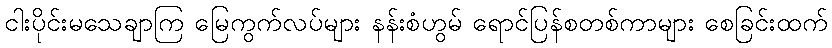
ငါးပိုင်းမသေချာကြ မြေကွက်လပ်များ နန်းစံဟွမ် ရောင်ပြန်စတစ်ကာများ စေခြင်းထက်